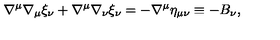
\nabla ^ { \mu } \nabla _ { \mu } \xi _ { \nu } + \nabla ^ { \mu } \nabla _ { \nu } \xi _ { \nu } = - \nabla ^ { \mu } \eta _ { \mu \nu } \equiv - B _ { \nu } ,